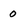
Character: 0